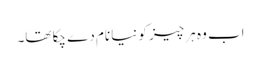
اب وہ ہر چیز کو نیا نام دے چکا تھا۔